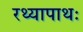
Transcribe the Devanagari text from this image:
रथ्यापाथः